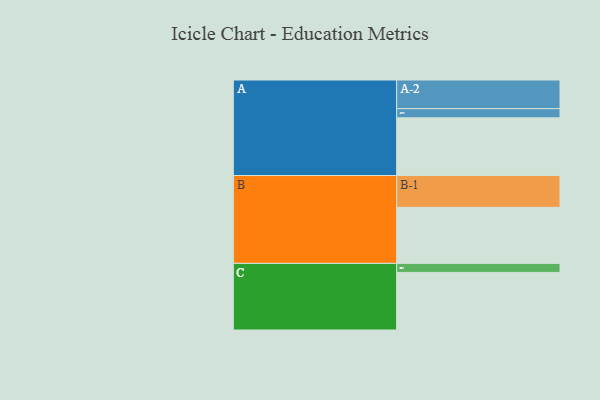
{"axis": {"x": "Segment", "y": "Value"}, "legend": ["", "A", "B", "C"], "data": [{"x": "A", "y": 421, "type": ""}, {"x": "B", "y": 409, "type": ""}, {"x": "C", "y": 420, "type": ""}, {"x": "A-1", "y": 67, "type": "A"}, {"x": "A-2", "y": 209, "type": "A"}, {"x": "B-1", "y": 232, "type": "B"}, {"x": "C-1", "y": 66, "type": "C"}]}